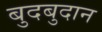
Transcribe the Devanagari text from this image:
बुदबुदान